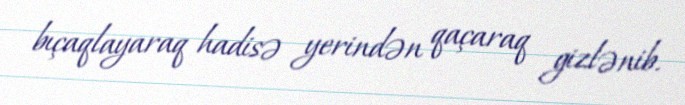
bıçaqlayaraq hadisə yerindən qaçaraq gizlənib.